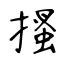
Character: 搔